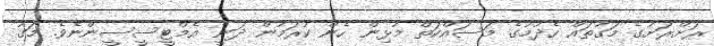
ރަށްރަށުގެ މަގުތައް ހެދުމުގެ މަސައްކަތް މުޅިން ހެން ކުރަމުން ދަނީ އެމްޓީސީސީންނެވެ. މަގު